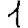
Digit: 1